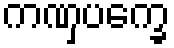
ကဏှပက္ခေ